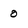
Character: 0